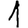
Digit: 1